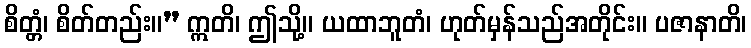
စိတ္တံ၊ စိတ်တည်း။” ဣတိ၊ ဤသို့။ ယထာဘူတံ၊ ဟုတ်မှန်သည်အတိုင်း။ ပဇာနာတိ၊